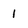
Character: j